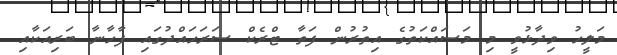
މަލީހު ވިދާޅުވީ މި މަސައްކަތުގެ އިތުރުން ފަތާ ޓްރެކް ސަރަހައްދުގައި ފާހާނާ ބަރިއަކާއި